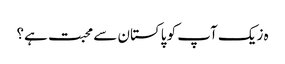
ہ زیک آپ کو پاکستان سے محبت ہے؟